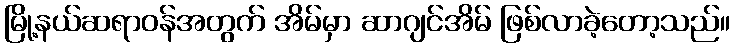
မြို့နယ်ဆရာဝန်အတွက် အိမ်မှာ ဆာဂျင်အိမ် ဖြစ်လာခဲ့တော့သည်။